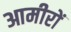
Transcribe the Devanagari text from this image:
आमीरों